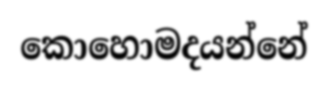
කොහොමදයන්නේ